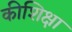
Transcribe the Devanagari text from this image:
कीशिक्षा